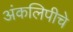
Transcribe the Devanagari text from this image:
अंकलिपीचे